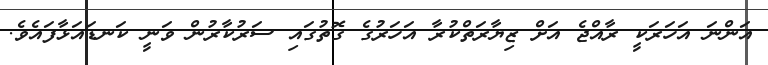
އަންނަ އަހަރަކީ ރާއްޖެ އަށް ޒިޔާރަތްކުރާ އަހަރުގެ ގޮތުގައި ސަރުކާރުން ވަނީ ކަނޑައަޅާފައެވެ.